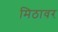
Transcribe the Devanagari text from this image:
मिठावर